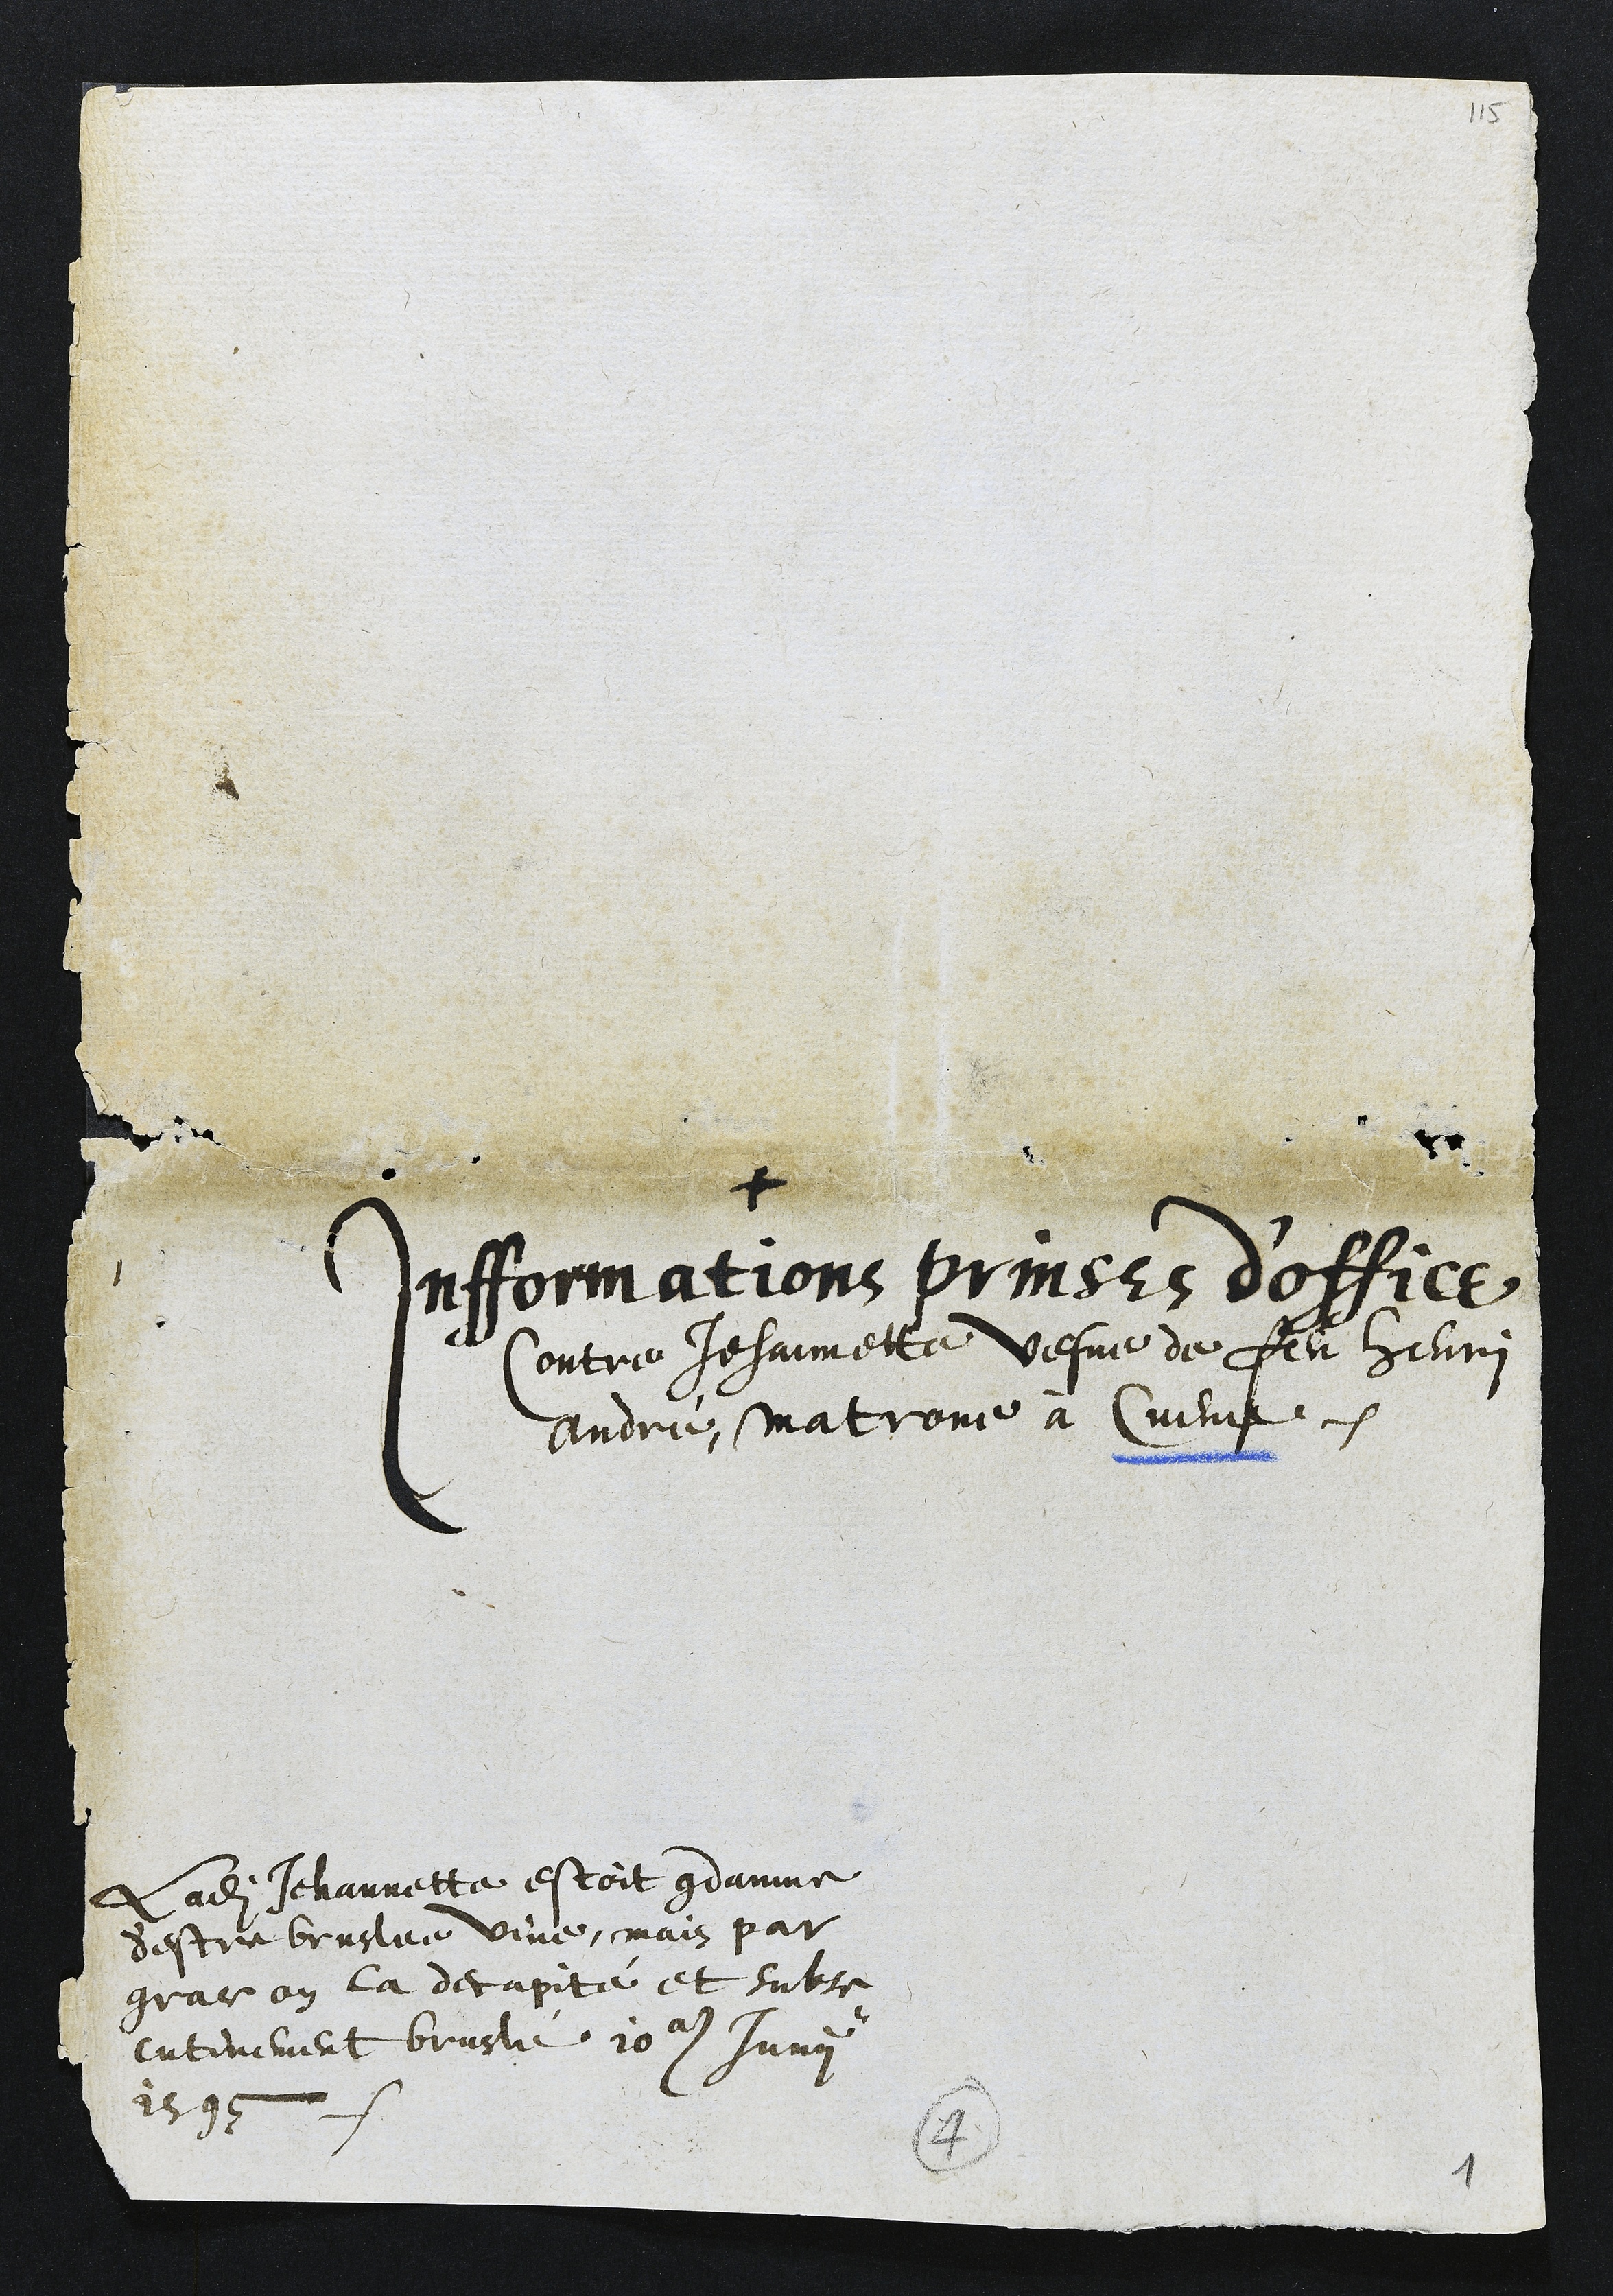
+
Infformations prinses d'office
Contre Jehannette vesve de feu Henri
André, matrone à Cueve

Ladite Jehannette estoit condamne
d'estre bruslee vive, mais par
grace on la decapité et subse¬
cutivement bruslé 10e Junii
1595
4

1